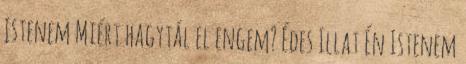
Istenem Miért hagytál el engem? Édes Illat Én Istenem